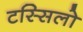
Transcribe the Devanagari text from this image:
टस्सिलो